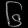
Digit: ၆